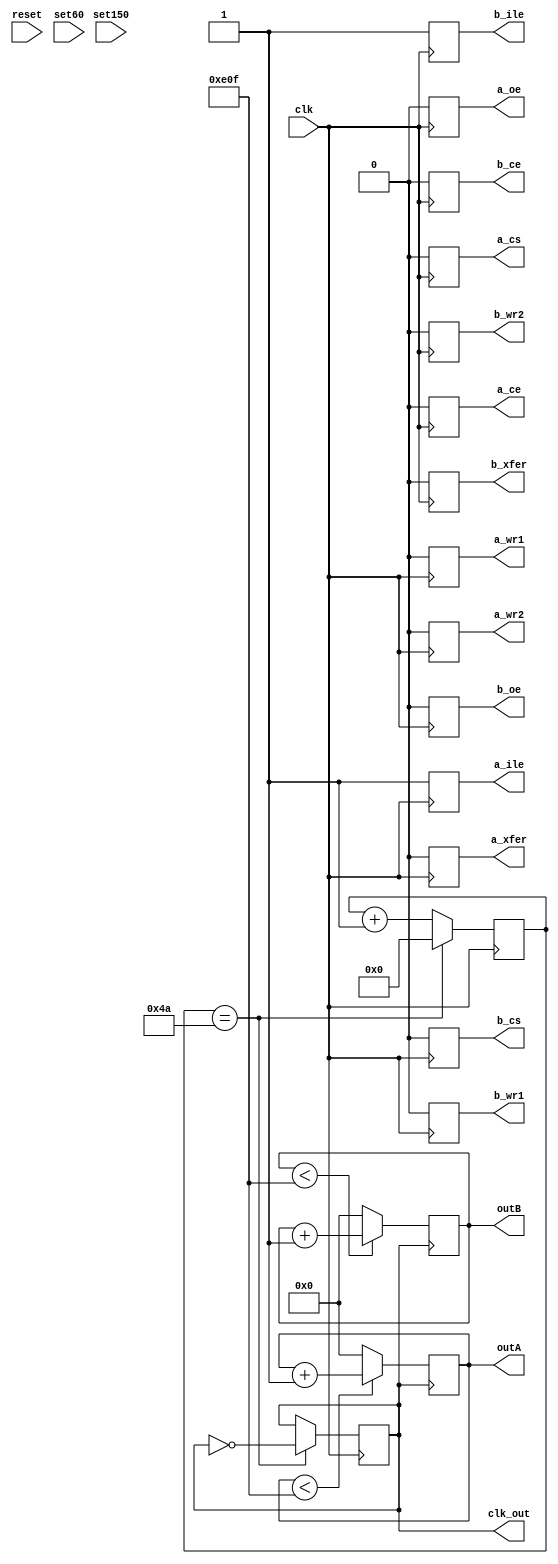

module sinwave50(clk,outA,a_oe,a_ce,a_cs,a_wr1,a_wr2,a_ile,a_xfer,outB,b_oe,b_ce,b_cs,b_wr1,b_wr2,b_ile,b_xfer,reset,clk_out,set60,set150);
input clk;
input reset;
input set60;
input set150;

output[12:0]outA;
output[12:0]outB;
reg[12:0]outA;
reg[12:0]outB;

output a_oe;
output a_ce;
output a_cs;
output a_wr1;
output a_wr2;
output a_ile;
output a_xfer;

output b_oe;
output b_ce;
output b_cs;
output b_wr1;
output b_wr2;
output b_ile;
output b_xfer;
output clk_out;

reg a_oe;
reg a_ce;
reg a_cs;
reg a_wr1;
reg a_wr2;
reg a_ile;
reg a_xfer;

reg b_oe;
reg b_ce;
reg b_cs;
reg b_wr1;
reg b_wr2;
reg b_ile;
reg b_xfer;

reg clk_out;

reg [8:0]  cnt;
	 
always@(posedge clk) 
begin
   if(cnt == 74)
		begin
		clk_out <= !clk_out;
		cnt <= 0;
		end
	else 
		cnt <= cnt + 1;
end
/*
   if(set60)
	outB<=outA+600;
	else
	outB<=outA;
	
	if(set150)
	outB<=outA+1500;
	else
	outB<=outA;

*/

always@(posedge clk_out)
begin
	if(outA<3599)
	outA<=outA+1;
	else 
	outA<=0;
/*	   
	if(set60)
	outB<=outA+600;
	else
	outB<=outA;
	
	if(set150)
	outB<=outA+1500;
	else
	outB<=outA;
*/
	if(outB<3599)
	outB<=outB+1;
	else 
	outB<=0;
end

always@(posedge clk)
begin
 a_oe <= 0;
 a_ce <= 0;
 a_cs <= 0;
 a_wr1 <= 0;
 a_wr2 <= 0;
 a_ile <= 1;
 a_xfer <= 0;

 b_oe <= 0;
 b_ce <= 0;
 b_cs <= 0;
 b_wr1 <= 0;
 b_wr2 <= 0;
 b_ile <= 1;
 b_xfer <= 0;
end

endmodule